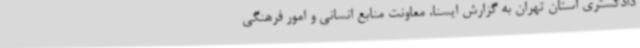
دادگستری استان تهران به گزارش ایسنا، معاونت منابع انسانی و امور فرهنگی